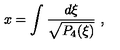
x = \int { \frac { d \xi } { \sqrt { P _ { 4 } ( \xi ) } } } \ ,